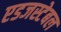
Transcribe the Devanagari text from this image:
एडजस्टेबल